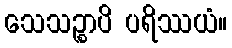
သေသဉ္စာပိ ပရိဿယံ။